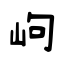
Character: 岣